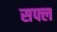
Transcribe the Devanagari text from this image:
सफ्ल